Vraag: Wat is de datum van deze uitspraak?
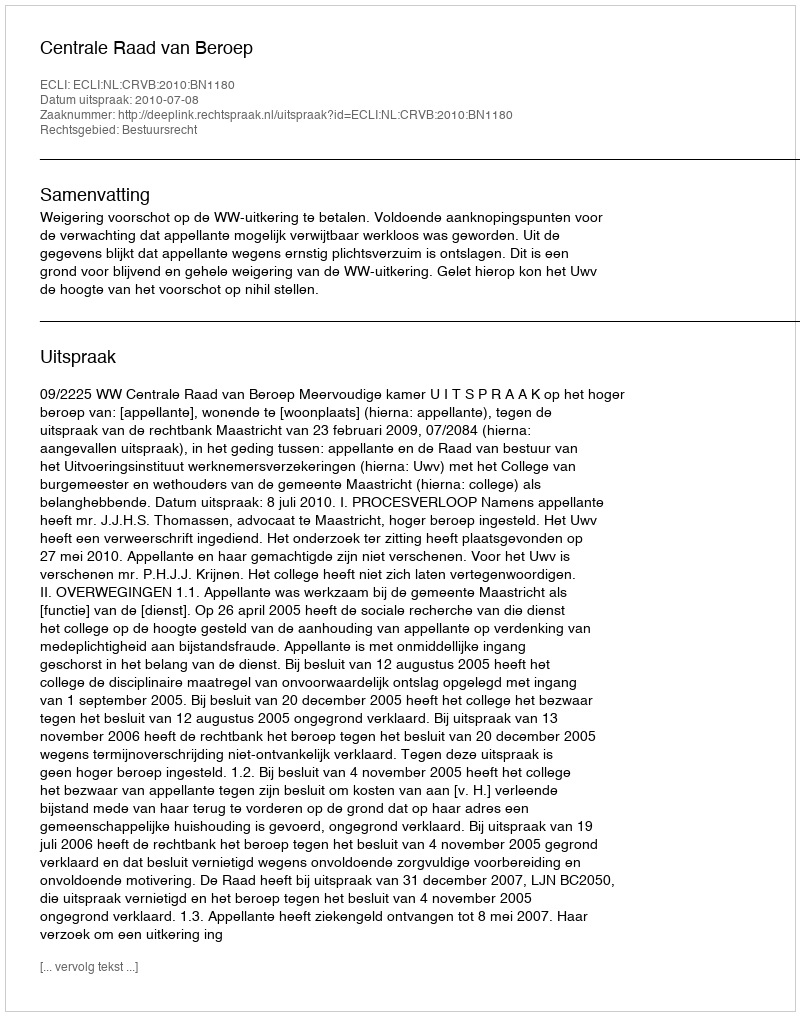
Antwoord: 2010-07-08